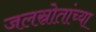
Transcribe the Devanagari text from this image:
जलस्रोतांच्या